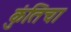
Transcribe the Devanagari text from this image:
कुंतिचा